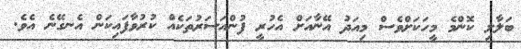
ބަލާލި ކޮންމެ މީހަކަށްވެސް މިއަދު އޭނާއަށް އެހުރީ ފުންއަސަރުތަކެއް ކުރުވާފައިކަން އެނގޭނެ އެވެ.